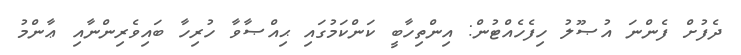
ދެފުށް ފެންނަ އުޞޫލު ހިފެހެއްޓުން: އިންތިހާބީ ކަންކަމުގައި ޙިއްޞާވާ ހުރިހާ ބައިވެރިންނާއި ޢާންމު